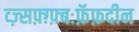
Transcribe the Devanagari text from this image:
व्ज़्सफ़्ग़्फ़्बःफ़ॅफ़दीन